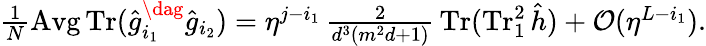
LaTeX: \textstyle\frac{1}{N}\operatorname{Avg}\operatorname{Tr}(\hat{g}_{i_{1}}^{\dag}\hat{g}_{i_{2}})=\eta^{j-i_{1}}\, \frac{2}{d^{3}(m^{2}d+1)}\, \operatorname{Tr}(\operatorname{Tr}_{1}^{2}\hat{h})+\mathcal{O}(\eta^{L-i_{1}}).